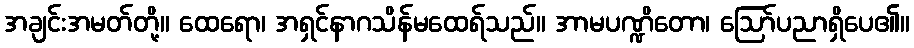
အချင်းအမတ်တို့။ ထေရော၊ အရှင်နာဂသိန်မထေရ်သည်။ အာမပဏ္ဍိတော၊ ဩော်ပညာရှိပေ၏။